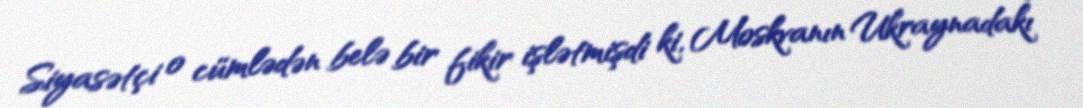
Siyasətçi o cümlədən belə bir fikir işlətmişdi ki, Moskvanın Ukraynadakı